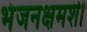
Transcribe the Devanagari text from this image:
भंजनक्षमशी